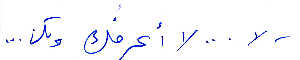
لا... لا أعرفك ولكن...